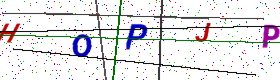
Text: HOPJP